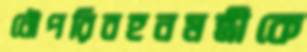
নৌপরিবহনমন্ত্রীকে